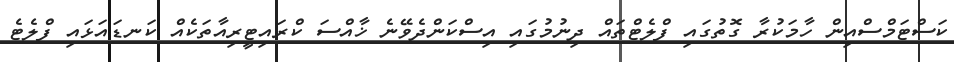
ކަސްޓަމްސްއިން ހާމަކުރާ ގޮތުގައި ފްލެޓްތައް ދިނުމުގައި އިސްކަންދެވޭނެ ޚާއްސަ ކްރައިޓީރިއާތަކެއް ކަނޑައަޅައި ފްލެޓެ